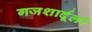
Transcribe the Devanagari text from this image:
गजशार्दूलों